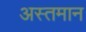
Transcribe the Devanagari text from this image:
अस्तमान